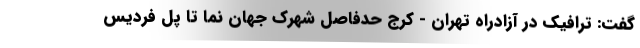
گفت: ترافیک در آزادراه تهران - کرج حدفاصل شهرک جهان نما تا پل فردیس